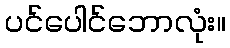
ပင်ပေါင်ဘောလုံး။